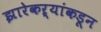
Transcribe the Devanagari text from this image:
झारेकऱ्यांकडून